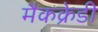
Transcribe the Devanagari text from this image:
मैकक्रेडी